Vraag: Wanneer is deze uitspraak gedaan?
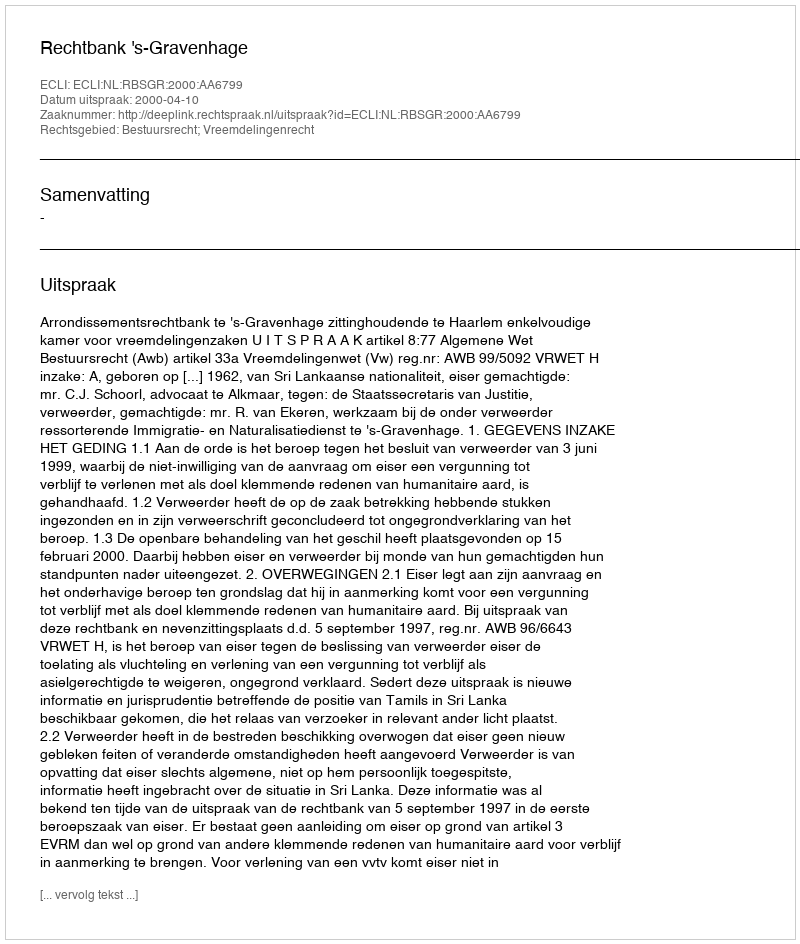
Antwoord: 2000-04-10